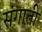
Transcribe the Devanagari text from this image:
संगाती